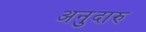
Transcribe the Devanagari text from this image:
अनुदारु